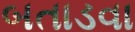
બતાડવા